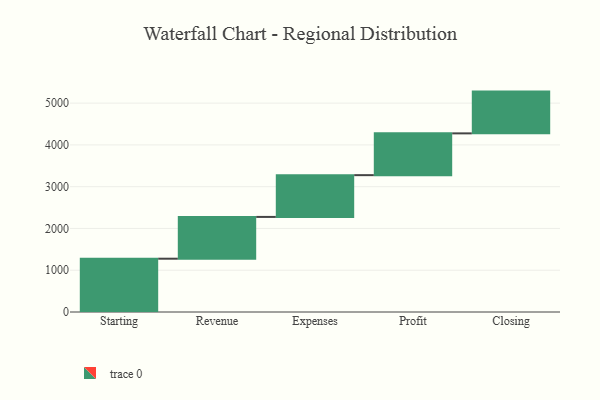
{"axis": {"x": "Step", "y": "Value"}, "legend": [""], "data": [{"x": "Starting", "y": 1276.0, "type": ""}, {"x": "Revenue", "y": 1000, "type": ""}, {"x": "Expenses", "y": 1000, "type": ""}, {"x": "Profit", "y": 1000, "type": ""}, {"x": "Closing", "y": 1000, "type": ""}]}